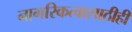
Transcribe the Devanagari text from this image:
नागरिकत्वासाठीही